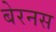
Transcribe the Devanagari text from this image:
बेरनस